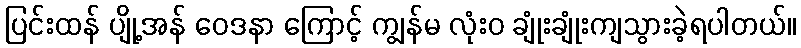
ပြင်းထန် ပျို့အန် ဝေဒနာ ကြောင့် ကျွန်မ လုံးဝ ချုံးချုံးကျသွားခဲ့ရပါတယ်။